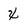
Character: X